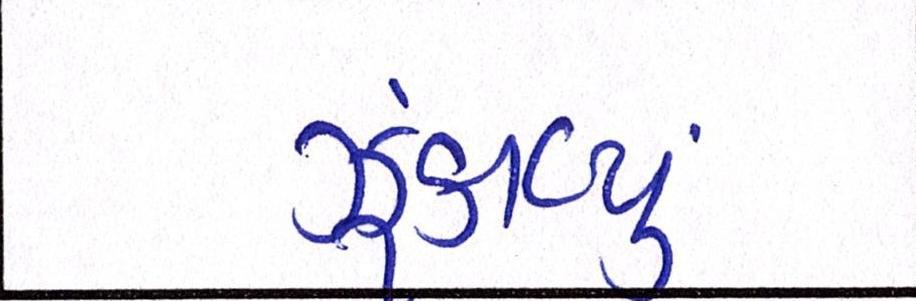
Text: ઝૂંકાવ્યું